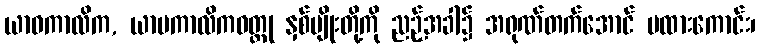
ယာဝကာလိက, ယာမကာလိကဝတ္ထု နှစ်မျိုးတို့ကို ညဉ့်အခါ၌ အရုဏ်တက်အောင် မထားကောင်း၊